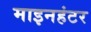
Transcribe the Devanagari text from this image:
माइनहंटर